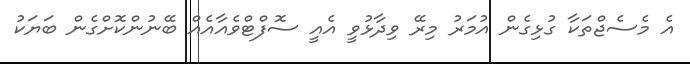
އެ މެސެޖްތަކާ ގުޅިގެން އުމަރު މިރޭ ވިދާޅުވީ އެއީ ސޮފްޓްވެއާއެއް ބޭނުންކޮށްގެން ބަޔަކު